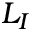
L _ { I }